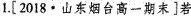
1.[2018.山东烟台高一期末]若